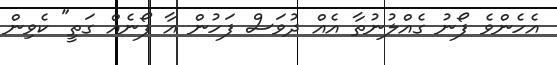
އެހެންވެ ފޯނު ގެއްލުނުތާ އެއް ދުވަސް ފަހުން އާ ފޯނެއް ގަތީ" ކެވިން